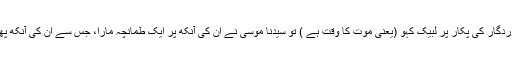
اپنے پروردگار کی پکار پر لبیک کہو (یعنی موت کا وقت ہے ) تو سیدنا موسیٰؑ نے ان کی آنکھ پر ایک طمانچہ مارا، جس سے ان کی آنکھ پھوٹ گئی۔